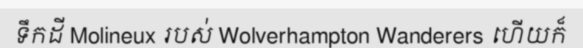
ទឹកដី Molineux របស់ Wolverhampton Wanderers ហើយក៏